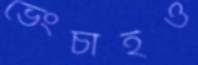
ভেংচাইও